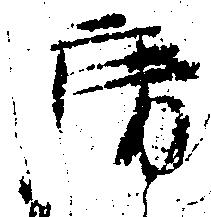
房